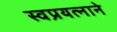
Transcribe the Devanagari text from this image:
स्वप्रयत्नाने